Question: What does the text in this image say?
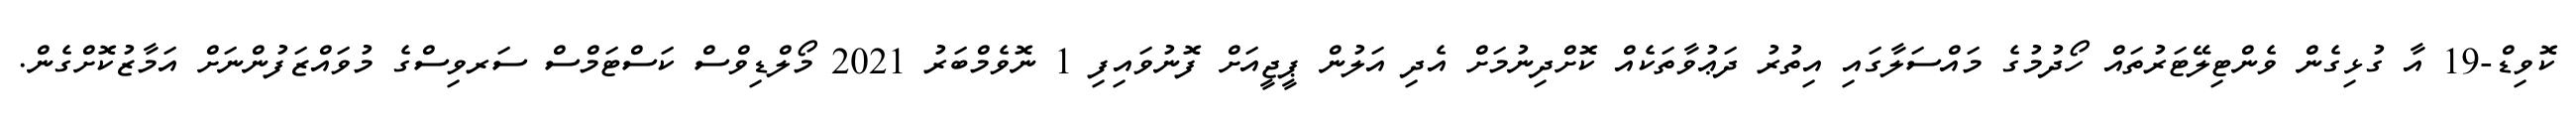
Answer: ކޮވިޑް-19 އާ ގުޅިގެން ވެންޓިލޭޓަރުތައް ހޯދުމުގެ މައްސަލާގައި އިތުރު ދަޢުވާތަކެއް ކޮށްދިނުމަށް އެދި އަލުން ޕީޖީއަށް ފޮނުވައިފި 1 ނޮވެމްބަރު 2021 މޯލްޑިވްސް ކަސްޓަމްސް ސަރވިސްގެ މުވައްޒަފުންނަށް އަމާޒުކޮށްގެން.